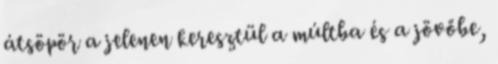
átsöpör a jelenen keresztül a múltba és a jövőbe,